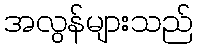
အလွန်များသည်